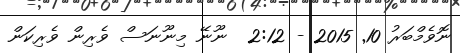
ނޮވެމްބަރު 10